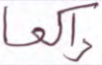
راكعا